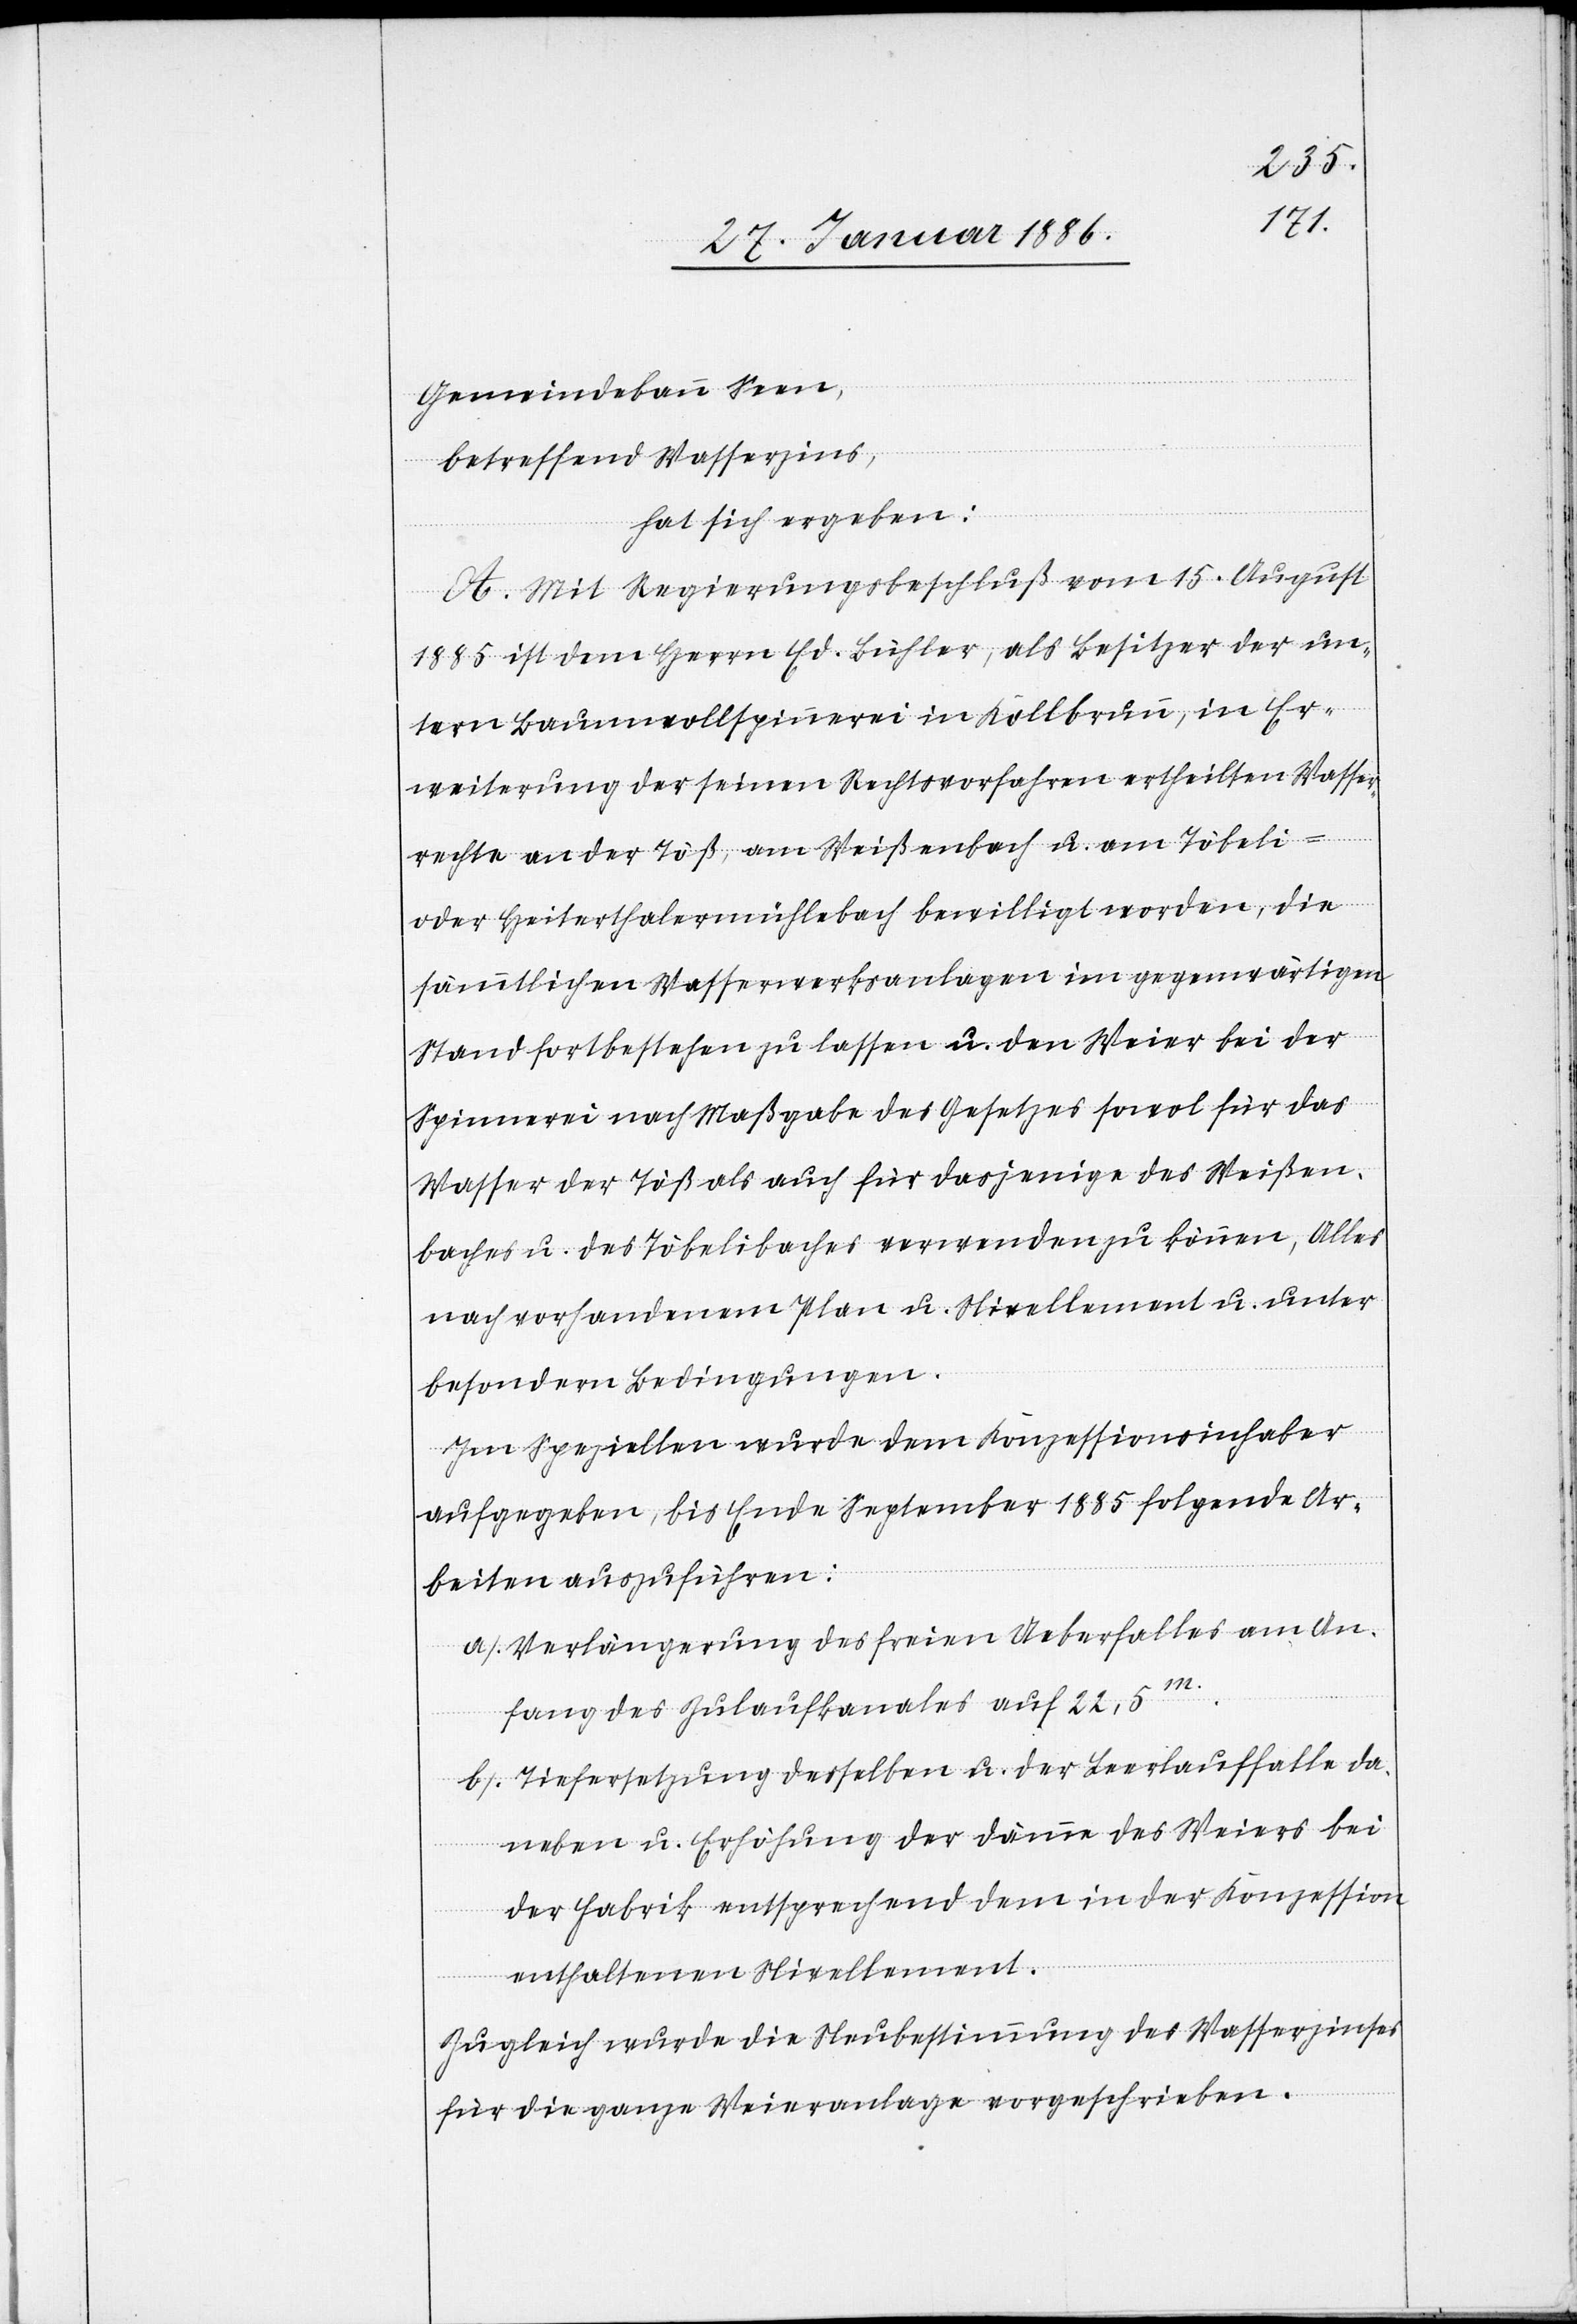
Gemeindebann Seen,
betreffend Wasserzins,
hat sich ergeben:
A. Mit Regierungsbeschluß vom 15. August
1885 ist dem Herrn Ed. Bühler, als Besitzer der un¬
tern Baumwollspinnerei im Kohlbrunn, in Er¬
weiterung der seinen Rechtsvorfahren ertheilten Wasser¬
rechte an der Töß, am Weißenbach u. am Töbeli-
oder Heiterthalermühlebach bewilligt worden, die
sämmtlichen Wasserwerksanlagen im gegenwärtigen
Stand fortbestehen zu lassen u. den Weier bei der
Spinnerei nach Maßgabe des Gesetzes sowol für das
Wasser der Töß als auch für dasjenige des Weißen¬
baches u. des Töbelibaches verwenden zu können, alles
nach vorhandenen Plan u. Nivellement u. unter
besondern Bedingungen.
Im Speziellen wurde dem Konzessionsinhaber
aufgegeben, bis Ende September 1885 folgende Ar¬
beiten auszuführen:
a). Verlängerung des freien Ueberfalles am An¬
fang des Zulaufkanales auf 22,6 m.
b). Tiefersetzung derselben u. der Leerlauffalle da¬
neben u. Erhöhung der Dämme des Weiers bei
der Fabrik entsprechend dem in der Konzession
enthaltenen Nivellement.
Zugleich wurde die Neubestimmung des Wasserzinses
für die ganze Weieranlage vorgeschrieben.